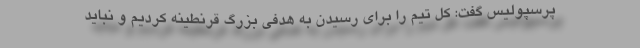
پرسپولیس گفت: کل تیم را برای رسیدن به هدفی بزرگ قرنطینه کردیم و نباید